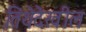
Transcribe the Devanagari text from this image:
तिथेदेखील